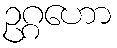
ဥဂ္ဂဟော